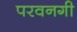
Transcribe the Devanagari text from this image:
परवनगी